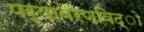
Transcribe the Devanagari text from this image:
पर्यावरणविद्ो